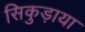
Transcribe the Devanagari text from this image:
सिकुड़ाया